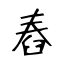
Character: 舂